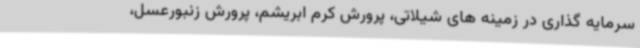
سرمایه گذاری در زمینه های شیلاتی، پرورش کرم ابریشم، پرورش زنبورعسل،